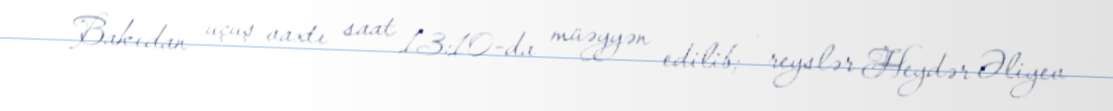
Bakıdan uçuş vaxtı saat 13:10-da müəyyən edilib; - reyslər Heydər Əliyev